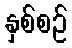
နှစ်စဉ်